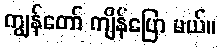
ကျွန်တော် ကျိန်ပြော မယ်။